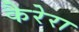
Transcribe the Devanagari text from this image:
कैरेरा